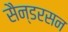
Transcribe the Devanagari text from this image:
सैन्डरसन